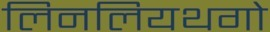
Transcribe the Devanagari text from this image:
लिनलियथगो